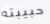
حبيبته